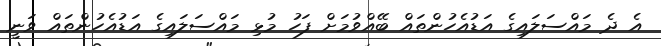
އެ ދެ މައްސަލައިގެ އަޑުއެހުންތައް ބޭއްވުމަށް ފަހު މުޅި މައްސަލައިގެ އަޑުއެހުންތައް ވަނީ